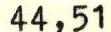
44,51